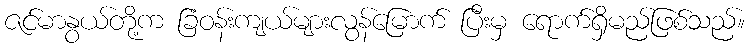
ဇင်မာနွယ်တို့က ခြံဝန်းကျယ်များလွန်မြောက် ပြီးမှ ရောက်ရှိမည်ဖြစ်သည်။